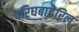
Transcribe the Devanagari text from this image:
परिघबाहेरिल